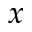
x